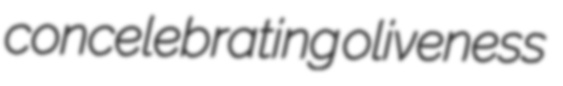
concelebrating oliveness